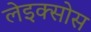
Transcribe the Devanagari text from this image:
लेइक्सोस